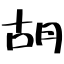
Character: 胡